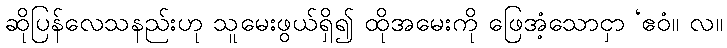
ဆိုပြန်လေသနည်းဟု သူမေးဖွယ်ရှိ၍ ထိုအမေးကို ဖြေအံ့သောငှာ ‘ဧဝံ။ လ။